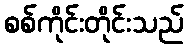
စစ်ကိုင်းတိုင်းသည်